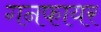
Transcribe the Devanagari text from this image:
गनफायर